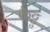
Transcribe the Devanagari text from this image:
केट्टु